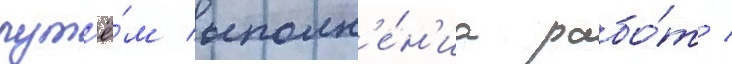
пут'ё́м выполн'е́н'иа рабо́т /